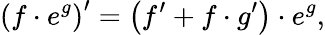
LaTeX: \left(f\cdot e^{g}\right)^{\prime}=\left(f^{\prime}+f\cdot g^{\prime}\right)\cdot e^{g},